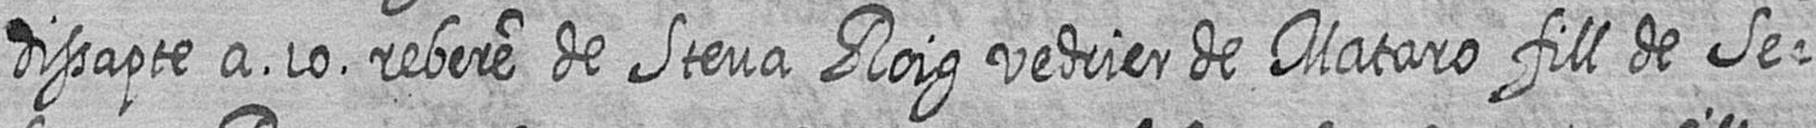
dissapte a 10 rebere de Steva Roig vedrier de Mataro fill de Se=